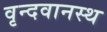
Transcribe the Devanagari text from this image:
वृन्दवानस्थ